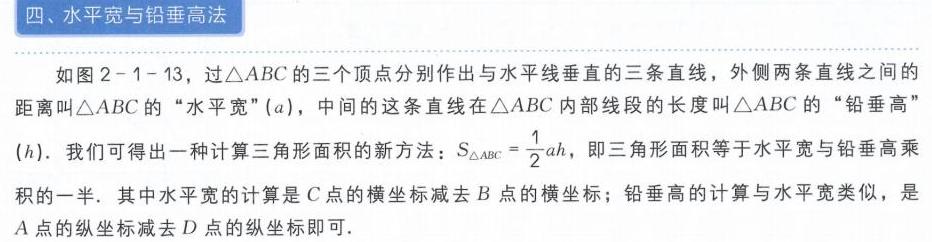
四、水平宽与铅垂高法

如图2 - 1 - 13，过\(\triangle ABC\)的三个顶点分别作出与水平线垂直的三条直线，外侧两条直线之间的距离叫\(\triangle ABC\)的“水平宽”(\(a\))，中间的这条直线在\(\triangle ABC\)内部线段的长度叫\(\triangle ABC\)的“铅垂高”(\(h\))。我们可得出一种计算三角形面积的新方法：\(S_{\triangle ABC}=\frac{1}{2}ah\)，即三角形面积等于水平宽与铅垂高乘积的一半。其中水平宽的计算是\(C\)点的横坐标减去\(B\)点的横坐标；铅垂高的计算与水平宽类似，是\(A\)点的纵坐标减去\(D\)点的纵坐标即可。